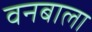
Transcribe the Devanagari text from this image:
वनबाला